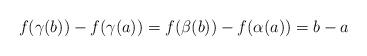
LaTeX: \begin{align*}f(\gamma(b))-f(\gamma(a))= f(\beta(b))-f(\alpha(a))=b-a\end{align*}